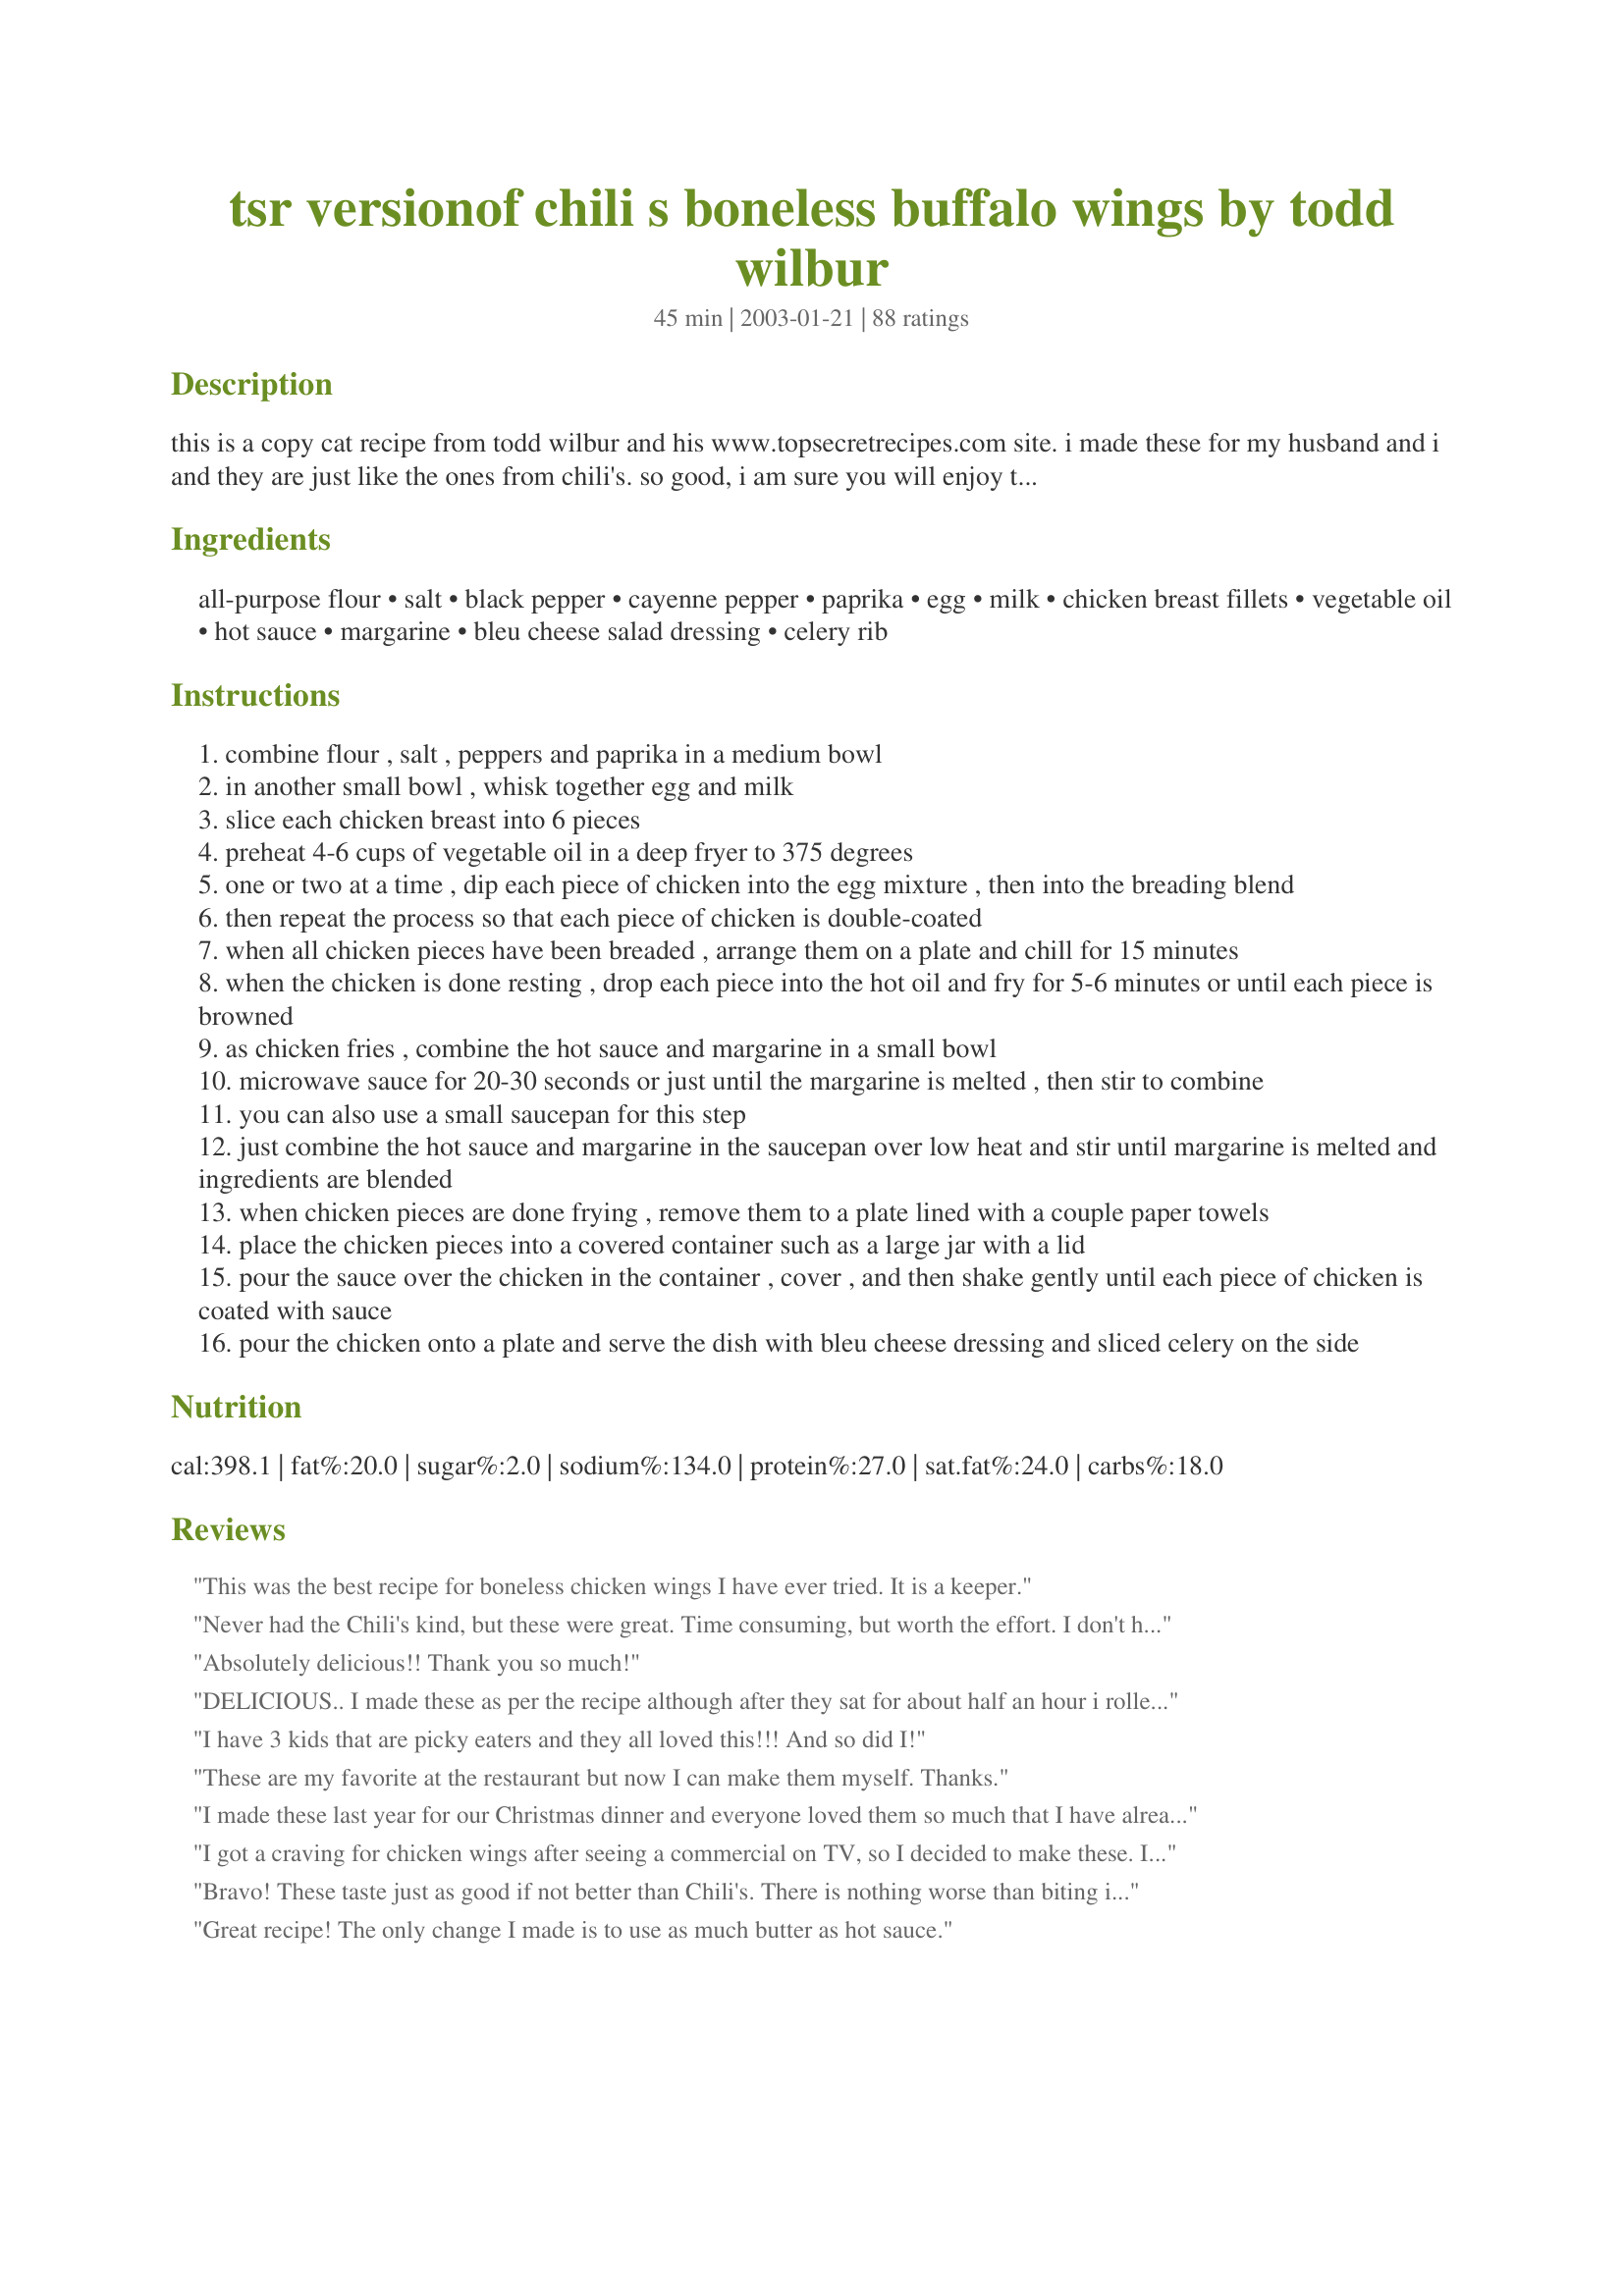
tsr versionof chili s boneless buffalo wings by todd wilbur
Preparation time: 45 minutes

this is a copy cat recipe from todd wilbur and his www.topsecretrecipes.com site. i made these for my husband and i and they are just like the ones from chili's. so good, i am sure you will enjoy them. it is a little time consuming but worth every second.

Ingredients:
all-purpose flour, salt, black pepper, cayenne pepper, paprika, egg, milk, chicken breast fillets, vegetable oil, hot sauce, margarine, bleu cheese salad dressing, celery rib

Steps:
combine flour , salt , peppers and paprika in a medium bowl
in another small bowl , whisk together egg and milk
slice each chicken breast into 6 pieces
preheat 4-6 cups of vegetable oil in a deep fryer to 375 degrees
one or two at a time , dip each piece of chicken into the egg mixture , then into the breading blend
then repeat the process so that each piece of chicken is double-coated
when all chicken pieces have been breaded , arrange them on a plate and chill for 15 minutes
when the chicken is done resting , drop each piece into the hot oil and fry for 5-6 minutes or until each piece is browned
as chicken fries , combine the hot sauce and margarine in a small bowl
microwave sauce for 20-30 seconds or just until the margarine is melted , then stir to combine
you can also use a small saucepan for this step
just combine the hot sauce and margarine in the saucepan over low heat and stir until margarine is melted and ingredients are blended
when chicken pieces are done frying , remove them to a plate lined with a couple paper towels
place the chicken pieces into a covered container such as a large jar with a lid
pour the sauce over the chicken in the container , cover , and then shake gently until each piece of chicken is coated with sauce
pour the chicken onto a plate and serve the dish with bleu cheese dressing and sliced celery on the side

Reviews:
This was the best recipe for boneless chicken wings I have ever tried. It is a keeper.
Never had the Chili's kind, but these were great. Time consuming, but worth the effort. I don't have a deep fryer, and used a pot with a candy thermometer and found it very difficult to maintain the temperature correctly. Otherwise the recipe was easy. Thanks
Absolutely delicious!! Thank you so much!
DELICIOUS.. I made these as per the recipe although after they sat for about half an hour i rolled them in flour one more time before I deep fried them. I&#039;ve never had Chili&#039;s boneless wings but these are easy to make and delicious. I couldn&#039;t cook them fast enough as they were being goobled up as soon as they came out of the fryer. Great recipe Dayla.
I have 3 kids that are picky eaters and they all loved this!!! And so did I!
These are my favorite at the restaurant but now I can make them myself. Thanks.
I made these last year for our Christmas dinner and everyone loved them so much that I have already been asked if I could make them again this year! They really do taste just like chili's if you use the right kind of hot sauce, which is personally use the 'Crystal' brand and they turn out great!
I got a craving for chicken wings after seeing a commercial on TV, so I decided to make these. I'm not so into hot wings but I thought they were really good. On the other hand, my wife loves hot wings and she went INSANE for them. For kosher reasons I used soya milk and non-dairy margarine. We also made a dipping sauce with non-dairy sour cream. Super hot and super good!
Bravo!
These taste just as good if not better than Chili's. There is nothing worse than biting into fatty chicken and at home, I can trim the chicken so that EVERY bite is delicious!
Not too mention, I can make a ton of these for a fraction of Chili's cost!
Great recipe! The only change I made is to use as much butter as hot sauce.
As someone who refuses to fry anything, I took a chance on these wings since I had a strong craving for wings but didn't want to go out to eat. Awesome choice!
The topping was crunchy, yet the chicken was moist and delicious. My husband, who is a wing specialist, raved about how they were better than most restaurants.
Will definitely make again when I'm ready to use that much oil again.
Loved these!!!! Tasted just like Chilis' ones. Followed the recipe just as stated except I didn't have margarine, so I used unsalted butter, and it turned out great. I will be making htese often. Thanks.
My husband loves Chili's Boneless Buffalo Wings, he couldn't tell the difference when I made these. He has already asked me to make them again. The only change I would make is after frying chicken, I will keep pieces warm in the oven until I am all done frying. That way the chicken pieces will stay warm. Thanks for the awesome recipe!
Wow! Fantastic recipe! I used regular Frank's Red-Hot and it was great! The chicken comes out juicy with a nice crusty outside which gets coated with that flaming-hot goodness! I should have made a double batch.
These are awesome!! Making more tonight :)
I tested this recipe yesterday, replacing chicken with wild quail breasts. I also baked them at 425 for 10 minutes a side. They turned out VERY good. I used Franks Red Hot sauce. I will use this recipe again for Super Bowl Sunday, and I think my guests will really enjoy these "wings." Thank you for a great recipe!
We made these for my DH b-day and they were great! We&#039;ll definitely make these for a future party. Thanks! :)
Delicious!! I followed the recipe exact but cut it in half. I also added Sweet Baby Ray&#039;s BBQ sauce (maybe 1/2 cup) along with the other ingredients. And I probably added an extra tablespoon of honey now that I think about it. Great recipe overall! My husband told me that they were the BEST wings he&#039;s ever had!! I served it with Ranch dressing since the corner grocery store didn&#039;t have Blue Cheese. It was just as yummy!!
If baking like others have sugested, make sure you use a very Non Stick sheet. Caused a little extra clean up, but they came out great. We made two batches: one hot and one BBQ.
Made this for my BF today and he loved it!
i made this recipe and i thought it tatsed horrible.my kids didnt like it either.nothing like chili's.i followed the recipe exactly.so how is it that after reading these reviews i see that everyone thinks they are the same and i dont.did i miss something?
Best boneless wings ever! I just got done making a triple batch for my wife and me and I ate so many that we couldn&#039;t touch the pizza afterwards. For the breeding part make an extra serving of it. I ran out with like 24 pieces left to bread. I also would like to add that if you like medium to mild wings go for half butter half franks red hot. I&#039;m a sissy when it comes to spicy things. Flavor was perfect. Perfectly crunchy. Perfectly juicy. Perfectly tender... So yes, they are perfect.
Super Football Food! I have been making wings for years but had no wings one day and tried your recipe with my chicken cutlets. My family flipped They liked them better than the wings. I used my own wing sauce which is very similiar to yours. The second time I made them instead of coating them with the wing sauce I made a few different sauces (honey mustard, sweet & sour, and of course buffalo wing) and let everyone dip. Really was a hit. Thanks.
WOW!!! These are fantastic! They are a bit fiddly, but definitely worth the effort. My 2-year-old daughter loves the chicken pieces without the buffalo sauce, so this one will be a keeper for home-made chicken nuggets too!
These were delicious!!!!!!! I made these last night with the Greek Potatoe recipe and it was soooooo gooooood!!!! My husband has already ask when we are having them again.
Very nice recipe but I made 1 change. I used 1/2 cup cornstarch and 1/2 cup flour to give it a nice crispy coating. I was making them and my friends were eating them...I ran out of food before they ran out of a want for food :)
I used thigh filets and Franks buffalo wing sauce. I also left out the cayenne because the Frank's is pretty hot, but I followed the rest of the recipe and it was sooo good! I made them for a football party and they were a winner. Thanks!!!
Turned out perfect, just like being at a restaurant! I did have to make more flour mix.
For a change, add 1 clove of finely minced garlic to the butter/hot sauce mix. It will enhance the already good flavor.
these were DELICIOUS!!!!! My husband couldn&#039;t get enough, I made them 2 nights in a row!! they were easy and quick, I didn&#039;t have cayenne pepper so I used crushed red pepper flakes but they were amazing!
I just made these for supper and they are really good, with a really nice crispy coating, but they are WAY TOO SPICY. Next time I will cut down on the hot sauce by at least half. And just FYI I tasted these before adding the hot sauce and margerine, and they tasted really good then, not too spicy from the cayenne pepper. If you like hot stuff you should definately give these a try.
Followed the recipe exactly, came out good. If you like franks hot sauce, you'll like it.
I have made this recipe many times and it is awesome! I have made others that are similar but the secret to this one is double coating the chicken pieces! I recommend Franks Hotsauce though.
Believe it or not, I did not find the sauce spicy enough using regular generic hot sauce. I had a second batch, which I coated with Frank's Buffalo Wing Sauce (no need for butter, cause it's made for coating), and that did the trick. Also, I didn't have egg (yeah, I know, WHO doesn't have eggs?), so I just used buttermilk to coat.
I absolutely loved these, and have made them twice so far. Although, I used an All-purpose Gluten free flour instead(bob's red mill) you couldn't tell it was gluten free. I did make more sauce then it calls for, because I like a bit of extra sauce. Overall these were good, my family and picky boyfriend all loved these :)
We tried this off of the topsecretrecipes.com too.. We love it.. Exactly same taste, but better, cuz you know exactly what you're eating.. That's always a +
Thanks for reminding me about this one!!
This recipe is so good! I actually don't like to fry anything so I baked them instead at 375 in my oven for about 45 minutes. They were crispy and they came out perfect!! My fiance loves them so much he makes me make them at least once a week!! I also mix them in the sauce and then place back in the oven for another 5-10 minutes to let the sauce really soak in. I served with extra sauce as well. Perfect!!!
These were good, just WAY too spicy for our taste.
I made this today with wings and boneless chicken breast and they turned out delicious. I used Crystals sauce and Franks Sweet buffalo sauce they both came out good using two different sauces. They come out great with my ol fry daddy. Will be making more tomorrow. Thanks for a great recipe.
i love these!!! they are really good. i sliced them and served them on a real big salad. thanks!!
SO GOODD!! I am a wing fanatic, and i'm so happy i finally found a way to satisfy the craving outside of a restaurant! I followed the recipe exactly, and used Frank's Wing sauce. Definitely recommend that sauce, it comes out perfectly, not unbearably hot or spicy and not too mild. PERFECT. love it. Recommend not using your basket though, because the batter can stick to it. Use a spoon to get the wings out instead!
Oh my god these are so good. We have made these a staple for parties. I will never buy them again they are so easy to make. I oven fry them and I use my own sauce.
Soooo good.... better than any restaruant... so crunchy!! Tossed my children&#039;s wings in BBQ sauce.. they LOVED it.. this recipe is a keeper...
Very good wing recipe, and I ate these while watching the Playoff games today! Used Frank's Hot Sauce, and even added a little more cayenne for more spice. :) Thank you, and I will use this many times during football season. :)
My daughter and husband loved this recipe. It is so easy and so good! They said it taste just like Applebee's wings. I reccommend this dish.
DELICIOUS!!
I am rating this for my sis since she doesn't have the internet :) She asked me to look u p a recipe for her matching the description of Buffalo Wings so when I came across this one I shared it with her. She said it was ok but was way to vinegary for her. We love vinegar in kraut and chips and what ever else it has to come along in so it must have been overpowering for her to say this. I am thinking it was the sauce as most hot sauces have vinegar as the main ingredient and using so much apparently is what the problem is. If anyone knows of a sauce that has little vinegar or none then I would love to try this myself using it as my hubby hates vinegar lol . Thanks for sharing your recipe if we find the right sauce we may try it again :)
very very good!
I'm giving this recipe five stars - but with a warning: these will only be as good as the sauce that you put on them! Isn't that just common sense? So, if people are finding them to vinegary or too spicy or whatever, it isn't the recipe's fault - it is whatever sauce you have bought! I say this as someone who has made this recipe a few times - and usually it is awesome but once it was kind of gross, but that is because i bought some horrible sauce for the last stage. Having said all that, I love this recipe and will continue to make them. And oh yeah, another thing: I flash fried them to get the "batter" crispy, but then I baked them in the oven, WITH the sauce, for nine minutes at 350 degrees and they came out moist, juicy and crispy and delicious. I've also tried this recipe with BBQ sauce instead of Wing sauce, and I have to say, that works pretty good too! Thanks Dayla!
wonderful! I used chicken tenders and cut them into thirds. I breaded them exactly as written and then baked them at 425 for 15-20 minutes. I tossed them in the sauce in a large bowl. They were great - better than Chili's! I will be making them again. I have already been thinking of other sauces to toss the nuggets in - BBQ, honey mustard, honey, the possibilities are endless.
OMG how do you spell wwwooooooooowwwwww!!!!!! okay, forget it, it dosen't even matter, look all i'm saying is IF THIS AIN'T THE BEST THING THAT HAPPEND TO ME ALL WEEK, i dunno what is!!! i was so happy while i ate, i really wanted to cry, but then remembered i was eating HOT wings (strips) and thought how pity-ful i would look if my husband walked in and saw me trying to get hot sauce outta my right eye, (i'm right handed) so thats the one i'd probably wipe first, any how. I really don't even know you, if your a man or a woman or whatever, BUT if you ever get put outta your house you can stay with me, IF you cook!!!

= ) I'm really happy!
Excellent! Made for DH tonight and he loved them. He said the breading was good enough that you would not even need sauce if you did not want it. He said he would also like to try with other dipping sauces. Thank you for posting!
Wow! These were amazing! My hubby hates buffalo wings because he says they taste too "vinegar-y," but he couldn't get over how great these were. I actually doubled the hot sauce because I love HOT stuff, but he hates it, and he scarfed these by taking a water break every two bites! And I was just hoping he wouldn't be able to stand the heat and let me finish them! haha
Thank you so much for posting this!
This recipe was exactly what I was looking for. It turned out perfect. I gave this recipe to all of my family and friends to try. I would compare them to Applebees boneless buffalo wings.
Im an american living in Dubai. They have a few chilis here but it can be a bit expensive. I love it when I can fine copycat"s this was PERFECT! Hubby approved! And satisfied my pregnancey craving!!!!!!!!!
Thank YOU from Dubai!
I made a lighter version of this... instead of deep frying, I pan fried over the stove with just a light coat of cooking spray, to cut down on all the fat from the oil... I also used half corn starch and half flour for the coating, and cut the cayenne pepper cause we were out! It was still really good, my roommate is going to make it for her boyfriend tomorrow. Thanks!
My entire family loves these wings in their own way. My younger kids eat them without the wing sauce, but the rest of us love them as written. Easy recipe that pleases everyone!!!
DD made this dish for us on Christmas Eve and they were a hit by all of us. We didn't off any dressing to dip into (because I forgot) and we still loved them. They were easy to prepare too. Thank you for sharing with yummy appy with us.
Great recipe! I used Frank's Louisiana hot sauce and they came out great. One Sunday, we had company over, and I decided to make these for our guests.....they loved them! Also, they are great without the hot sauce, if you have younger ones. All in all, this is my Sunday Football dish!
I used chicken tenders and also baked them after frying for 5-10 min. We are buffalo wing addicts and really enjoyed this recipe.
This is a keeper. My friends loved it, not too much heat but a lot of flavor. Great for weekends, extras for a cookout and of course, football season. For the more adventurous, spice it up another notch with Stubb's Wild Wing Sauce or Frank's Hot Wing Sauce.
I can't believe I never reviewed these! I've been making these for 2 years now and my DH and I absolutely love them! I make them exactly as the recipe says and they are perfect every time!
I love this recipe. Not as much fat as regular wings. But just as good.
These taste identical to Chili's boneless buffalo wings and alot cheaper. I used a combo of equal parts ranch and blue cheese dressing for the dip and it tastes great. Thanks for this great recipe.
I made this for my husband tonight and he ate it all up. I fried the chicken breast, I doubled the sauce and baked it for 8 minutes. Thank you this will be my go to buffalo chicken recipe.
Made these tonight for part of my Super Bowl feast. Loved them!!!!! My daughter said they were the best wings ever. I made the copycat version of the Spicy garlic sauce from BWW from this site to coat the chicken pieces. MMMMMM mmmmmmm. I'll be making these every year. GO STEALERS!!!!!!!!
These were awesome. Been craving wings and these definitely did it.
Oh Yum! These were so easy to make and just delicious. I used Franks Red Hot Wings Hot Buffalo Sauce and the 4 of us just stood at the counter munching away. I've had this recipe saved in my "To Try' cookbook for some time. Thanks to the Diabetic Forum's Pool Party Tag Game, we finally got around to trying it.
Can I give this 20 stars please!?!? I tried this recipe tonight because DH and I were craving Chili's buffalo strips, but wanted to stay in. This recipe was easy to make and tasted just like the real thing! Thank you!!!!
My husband made these for the Superbowl and they were AWESOME! We used bottled sauce and made several different flavors. Yum! They do take a bit of time to make but it was worth it!
WHY, WHY did I bake these and not fry them? I took the advice from some reviews here that said they came out awesome after baking. Nope. Sometimes frying is just a must, even though not as healthy. 4 stars for now, just because of the baking method I followed, but I'll fry them and update the recipe to 5 stars I'm sure, because the taste was right on. The texture was not. ****UPDATE: I made these again, but fried them this time...oh my goodness - delicious. Made a triple batch for a party appetizer and they flew off the plate! PERFECT!!!
These were great-- and tasted a lot like those served at Chili's. I ate mine with ranch, rather than bleu cheese, and served with celery and seasoned baked fries. One thing I would note is that margarine in the sauce is pretty important. All I had on hand was salted butter, which gave the sauce the tiniest hint of buttery sweetness-- something that made it just a modicum less than perfect. I will definitely make these again!
I made these for our supper yesterday and they were marvelous. The chicken was tender and juicy and we really enjoyed them. I had them with a green salad and DH had them with the salad and some potatoes. Thanks for a great recipe I will be making again!
We did these as per the reicpe tonite for dinner. They were delcious! Next time, and there will be a next time, I might try it with only the regular Frank&#039;s or LA hot sauce, yeh.... we like them extra spicy here in Texas. Really good recipe!
AWESOME!! I made for my family of 6, so of course I used more chicken, but made a meal out of it, I made the Chili's Boneless Buffalo Fajitas. Will Make Again
Thanks
Absolutely awesome!! These were gobbled up by my husband and kids! My son said "WOW, they're spicy!", but still gobbled them up. LOL! Update: We usually dip in the breading then egg mixture then back again into the breading. My kids come running every time I make these! This recipe made it into our book#179809!
We loved these! I needed about 1 1/2 amount of flour mix to coat 1 pound of chicken. Kids loved them dipped in ranch dressing.
This receipe was great, i used a differebt sauce and it came out great.
Excellent!!!
Okay, these were excellent! Here's what I did: I tripled the recipe and used pre-cooked chicken breasts. I discovered using breasts in this type of dish that are already cooked allows you to only cook until the crust is golden, without having to worry about whether the chicken is done, or if the crust is over-browned, etc. Some were double-coated, some were single coated and to be honest, once they cooked, I couldn't tell which was which. The refrigerator is the key to the lovely crisp crust, I believe. I will be popping ALL my deep fried items in the fridge before cooking from now on. Some were tossed in the wing sauce, some were left plain (non-wing sauce eater in the house.) Both were delicious, and I plan on making this one over and over.... Yummy!
SO GOOD! I followed the recipe exactly and loved the results so much. The only thing I would change next time is to use Panko to coat the chicken instead of flour.
I have been craving buiffalo wings for awhile but my bf doesnt like bones in his chicken. So I decided to make these instead. What a great decision!!!!! These are excellent I used franks buffalo sauce. Also I didnt coat the chicken with the sauce. I did it at the table with a brush I plan on using the left over chicken for lunch and maybe even doing a diffrent sauce on them. Great recipe!!
Really great! I think it may need a bit more flour mixture because I was scraping the sides by the time I got to the last piece. Also I used more than 1/4 c hot sauce. I used more like 1/2 a cup. I don&#039;t know if it is just me but when I tossed it with the sauce, some of the breading fell off...but still delicious!
Great recipe! I baked the chicken in the oven, since I don't like to fry anything. After it was baked, I flash froze the chicken and then packaged it in a bag with the sauce in another bag. We had this for dinner last night. At first, I didn't think there would be enough sauce, but it was just about right. My DH said it was just spicy enough. It was definately "hot" but you could still taste the flavors. This recipe will save us lots of money!
These were REALLY good - the only thing I would do next time is not add the salt to the flour coating, I used Frank's Red Hot and it was salty enough. Would definitely make again!
I love this recipe and have made the wings quite a few times. I wouldn't really say that they remind me of exactly what Chili's puts out onto the table, but it doesn't matter. These wings are probably way more healthy. I have tried the baking option as well as the frying option. Perhaps the frying option is a little closer to Chili's boneless wings, but both options turn out well for me. This recipe can be a little bit of work compared to some other recipes, but it's well worth it. Others have always enjoyed them, and I sometimes like to pig out on my own.
I used Frank's sauce and this was really really great! Everyone agreed it did taste exactly like Chili's, which we freqent for wings on a monthly basis. I used 2 chicken breast fillets, but only had enough of the flour mix to cover just over 1 of the breasts so I had to make another batch, and I had tons of the egg mixture left and thew half of it away. Oh well... It is a very time consuming dish... something I won't try on a weeknight again... but it was so worth it. Very crispy and so delicious. I will make them hotter next time and use more sauce. Thanks for the terriffic recipe.
This is such a great dish, my kids can't get enough of these, they ask me to make them every week! Thanks for the recipe.
